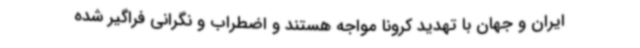
ایران و جهان با تهدید کرونا مواجه هستند و اضطراب و نگرانی فراگیر شده